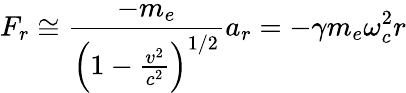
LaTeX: F_{r}\cong\frac{-m_{e}}{\left(1-\frac{v^{2}}{c^{2}}\right)^{1/2}}a_{r}=-\gamma m_{e}\omega_{c}^{2}r